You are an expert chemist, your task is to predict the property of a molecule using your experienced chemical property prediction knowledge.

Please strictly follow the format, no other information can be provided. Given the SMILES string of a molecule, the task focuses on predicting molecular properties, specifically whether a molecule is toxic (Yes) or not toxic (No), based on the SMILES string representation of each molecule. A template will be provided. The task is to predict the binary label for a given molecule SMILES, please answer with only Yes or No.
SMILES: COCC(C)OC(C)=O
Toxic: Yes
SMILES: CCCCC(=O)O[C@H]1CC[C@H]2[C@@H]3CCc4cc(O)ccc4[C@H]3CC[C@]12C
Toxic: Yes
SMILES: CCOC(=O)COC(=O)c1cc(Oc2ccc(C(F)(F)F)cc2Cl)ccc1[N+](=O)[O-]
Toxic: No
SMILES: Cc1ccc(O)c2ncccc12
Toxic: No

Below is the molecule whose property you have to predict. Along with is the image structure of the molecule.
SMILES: CC1=NN(c2cc(Cl)c(S(=O)(=O)[O-])cc2Cl)C(=O)C1/N=N/c1ccc(S(=O)(=O)[O-])cc1
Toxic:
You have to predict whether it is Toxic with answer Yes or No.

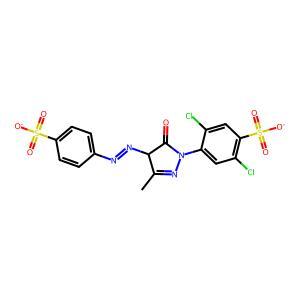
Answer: No